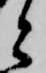
と